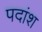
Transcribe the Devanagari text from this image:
पदांश